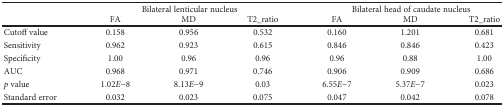
| <ROWSPAN=2>  | <COLSPAN=3> Bilateral lenticular nucleus | <COLSPAN=3> Bilateral head of caudate nucleus |
 | FA | MD | T2_ratio | FA | MD | T2_ratio |
 | --- | --- | --- | --- | --- | --- | --- |
 | Cutoff value | 0.158 | 0.956 | 0.532 | 0.160 | 1.201 | 0.681 |
 | Sensitivity | 0.962 | 0.923 | 0.615 | 0.846 | 0.846 | 0.423 |
 | Specificity | 1.00 | 0.96 | 0.96 | 0.96 | 0.88 | 1.00 |
 | AUC | 0.968 | 0.971 | 0.746 | 0.906 | 0.909 | 0.686 |
 | p value | 1.02E−8 | 8.13E−9 | 0.03 | 6.55E−7 | 5.37E−7 | 0.023 |
 | Standard error | 0.032 | 0.023 | 0.075 | 0.047 | 0.042 | 0.078 |